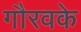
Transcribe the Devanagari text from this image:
गौरवके